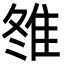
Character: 䧷